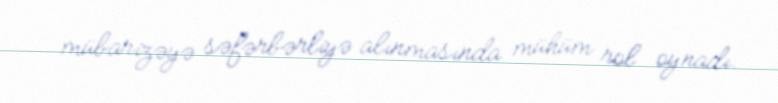
mübarizəyə səfərbərliyə alınmasında mühüm rol oynadı.